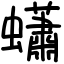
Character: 蠨